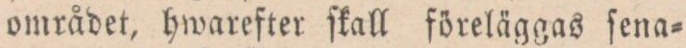
området, hwarefter ſkall föreläggas ſena=